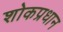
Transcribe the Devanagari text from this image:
शोकप्रधान